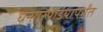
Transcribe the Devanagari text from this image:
धनगरपाडयापर्यंत